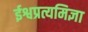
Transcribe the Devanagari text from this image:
ईश्वप्रत्यमिज्ञा